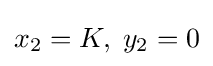
x_{2}=K,\;y_{2}=0